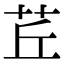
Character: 茊